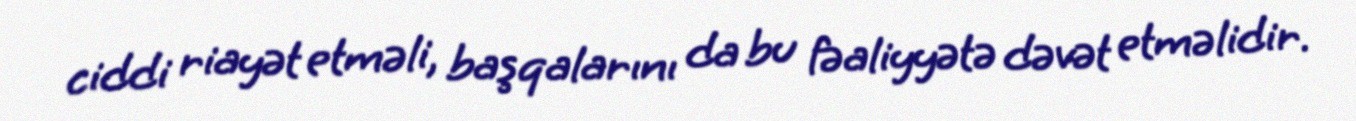
ciddi riayət etməli, başqalarını da bu fəaliyyətə dəvət etməlidir.